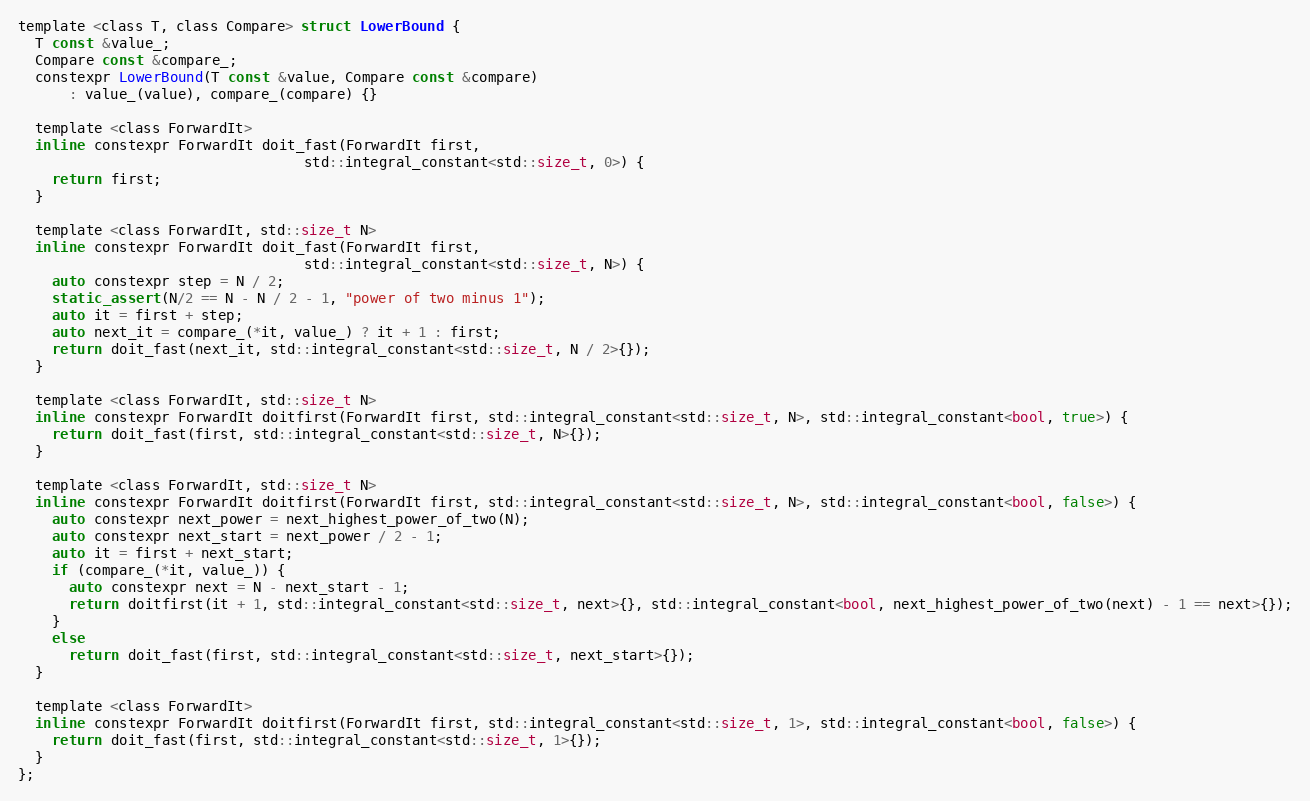
Language: C
template <class T, class Compare> struct LowerBound {
  T const &value_;
  Compare const &compare_;
  constexpr LowerBound(T const &value, Compare const &compare)
      : value_(value), compare_(compare) {}

  template <class ForwardIt>
  inline constexpr ForwardIt doit_fast(ForwardIt first,
                                  std::integral_constant<std::size_t, 0>) {
    return first;
  }

  template <class ForwardIt, std::size_t N>
  inline constexpr ForwardIt doit_fast(ForwardIt first,
                                  std::integral_constant<std::size_t, N>) {
    auto constexpr step = N / 2;
    static_assert(N/2 == N - N / 2 - 1, "power of two minus 1");
    auto it = first + step;
    auto next_it = compare_(*it, value_) ? it + 1 : first;
    return doit_fast(next_it, std::integral_constant<std::size_t, N / 2>{});
  }

  template <class ForwardIt, std::size_t N>
  inline constexpr ForwardIt doitfirst(ForwardIt first, std::integral_constant<std::size_t, N>, std::integral_constant<bool, true>) {
    return doit_fast(first, std::integral_constant<std::size_t, N>{});
  }

  template <class ForwardIt, std::size_t N>
  inline constexpr ForwardIt doitfirst(ForwardIt first, std::integral_constant<std::size_t, N>, std::integral_constant<bool, false>) {
    auto constexpr next_power = next_highest_power_of_two(N);
    auto constexpr next_start = next_power / 2 - 1;
    auto it = first + next_start;
    if (compare_(*it, value_)) {
      auto constexpr next = N - next_start - 1;
      return doitfirst(it + 1, std::integral_constant<std::size_t, next>{}, std::integral_constant<bool, next_highest_power_of_two(next) - 1 == next>{});
    }
    else
      return doit_fast(first, std::integral_constant<std::size_t, next_start>{});
  }

  template <class ForwardIt>
  inline constexpr ForwardIt doitfirst(ForwardIt first, std::integral_constant<std::size_t, 1>, std::integral_constant<bool, false>) {
    return doit_fast(first, std::integral_constant<std::size_t, 1>{});
  }
};